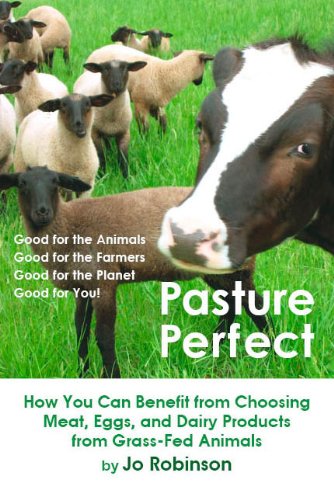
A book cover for Pasture Perfect: How You Can Benefit from Choosing Meat, Eggs, and Dairy Products from Grass-Fed Animals; Jo Robinson; Cookbooks, Food & Wine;